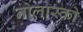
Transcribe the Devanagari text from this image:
नोलास्को